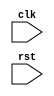
module RISC_SPM (clk, rst);
  parameter word_size = 8;
  parameter Sel1_size = 3;
  parameter Sel2_size = 2;
  wire [Sel1_size-1: 0] Sel_Bus_1_Mux;
  wire [Sel2_size-1: 0] Sel_Bus_2_Mux;

  input clk, rst;

  // Data Nets
  wire zero;
  wire [word_size-1: 0] instruction, address, Bus_1, mem_word;
   
  // Control Nets
  wire Load_R0, Load_R1, Load_R2, Load_R3, Load_PC, Inc_PC, Load_IR;   
  wire Load_Add_R, Load_Reg_Y, Load_Reg_Z;
  wire write;
 
  Processing_Unit M0_Processor (instruction, zero, address, Bus_1, mem_word, Load_R0, Load_R1,
    Load_R2, Load_R3, Load_PC, Inc_PC, Sel_Bus_1_Mux, Load_IR, Load_Add_R, Load_Reg_Y,
    Load_Reg_Z,  Sel_Bus_2_Mux, clk, rst);

  Control_Unit M1_Controller (Load_R0, Load_R1, Load_R2, Load_R3, Load_PC, Inc_PC, 
    Sel_Bus_1_Mux, Sel_Bus_2_Mux , Load_IR, Load_Add_R, Load_Reg_Y, Load_Reg_Z, 
    write, instruction, zero, clk, rst);

  Memory_Unit M2_SRAM (
    .data_out(mem_word), 
    .data_in(Bus_1), 
    .address(address), 
    .clk(clk),
    .write(write) );
endmodule


module Processing_Unit (instruction, Zflag, address, Bus_1, mem_word, Load_R0, Load_R1, Load_R2, 
  Load_R3, Load_PC, Inc_PC, Sel_Bus_1_Mux, Load_IR, Load_Add_R, Load_Reg_Y, Load_Reg_Z, 
  Sel_Bus_2_Mux, clk, rst);

  parameter word_size = 8;
  parameter op_size = 4;
  parameter Sel1_size = 3;
  parameter Sel2_size = 2;

  output [word_size-1: 0] 	instruction, address, Bus_1;
  output Zflag;

  input [word_size-1: 0]  	mem_word;
  input 			Load_R0, Load_R1, Load_R2, Load_R3, Load_PC, Inc_PC;
  input [Sel1_size-1: 0] 	Sel_Bus_1_Mux;
  input [Sel2_size-1: 0] 	Sel_Bus_2_Mux;
  input 			Load_IR, Load_Add_R, Load_Reg_Y, Load_Reg_Z;
  input 			clk, rst;

  wire			Load_R0, Load_R1, Load_R2, Load_R3;
  wire [word_size-1: 0] 	Bus_2;
  wire [word_size-1: 0] 	R0_out, R1_out, R2_out, R3_out;
  wire [word_size-1: 0] 	PC_count, Y_value, alu_out;
  wire 			alu_zero_flag;
  wire [op_size-1 : 0] 	opcode = instruction [word_size-1: word_size-op_size];

  Register_Unit 		R0 	(R0_out, Bus_2, Load_R0, clk, rst);
  Register_Unit 		R1 	(R1_out, Bus_2, Load_R1, clk, rst);
  Register_Unit 		R2 	(R2_out, Bus_2, Load_R2, clk, rst);
  Register_Unit 		R3 	(R3_out, Bus_2, Load_R3, clk, rst);
  Register_Unit 		Reg_Y 	(Y_value, Bus_2, Load_Reg_Y, clk, rst);
  D_flop 			Reg_Z 	(Zflag, alu_zero_flag, Load_Reg_Z, clk, rst);
  Address_Register 	Add_R	(address, Bus_2, Load_Add_R, clk, rst);
  Instruction_Register	IR	(instruction, Bus_2, Load_IR, clk, rst);
  Program_Counter 	PC	(PC_count, Bus_2, Load_PC, Inc_PC, clk, rst);
  Multiplexer_5ch 		Mux_1 	(Bus_1, R0_out, R1_out, R2_out, R3_out, PC_count, Sel_Bus_1_Mux);
  Multiplexer_3ch 		Mux_2	(Bus_2, alu_out, Bus_1, mem_word, Sel_Bus_2_Mux);
  Alu_RISC 		ALU	(alu_zero_flag, alu_out, Y_value, Bus_1, opcode);
endmodule 

module Register_Unit (data_out, data_in, load, clk, rst);
  parameter 		word_size = 8;
  output [word_size-1: 0] 	data_out;
  input 	[word_size-1: 0] 	data_in;
  input 			load;
  input 			clk, rst;
  reg 	[word_size-1: 0]	data_out;

  always @ (posedge clk or negedge rst)
    if (rst == 0) data_out <= 0; else if (load) data_out <= data_in;
endmodule

module D_flop (data_out, data_in, load, clk, rst);
  output 		data_out;
  input 		data_in;
  input 		load;
  input 		clk, rst;
  reg 		data_out;

  always @ (posedge clk or negedge rst)
    if (rst == 0) data_out <= 0; else if (load == 1)data_out <= data_in;
endmodule

 module Address_Register (data_out, data_in, load, clk, rst);
  parameter word_size = 8;
  output [word_size-1: 0] 	data_out;
  input 	[word_size-1: 0] 	data_in;
  input 			load, clk, rst;
  reg 	[word_size-1: 0]	data_out;
  always @ (posedge clk or negedge rst)
    if (rst == 0) data_out <= 0; else if (load) data_out <= data_in;
endmodule

module Instruction_Register (data_out, data_in, load, clk, rst);
  parameter word_size = 8;
  output [word_size-1: 0] 	data_out;
  input 	[word_size-1: 0] 	data_in;
  input 			load;
  input 			clk, rst;
  reg 	[word_size-1: 0]	data_out;
  always @ (posedge clk or negedge rst)
    if (rst == 0) data_out <= 0; else if (load) data_out <= data_in; 
endmodule

module Program_Counter (count, data_in, Load_PC, Inc_PC, clk, rst);
  parameter word_size = 8;
  output [word_size-1: 0] 	count;
  input 	[word_size-1: 0] 	data_in;
  input 			Load_PC, Inc_PC;
  input 			clk, rst;
  reg 	[word_size-1: 0]	count;
  always @ (posedge clk or negedge rst)
    if (rst == 0) count <= 0; else if (Load_PC) count <= data_in; else if  (Inc_PC) count <= count +1;
endmodule

module Multiplexer_5ch (mux_out, data_a, data_b, data_c, data_d, data_e, sel);
  parameter word_size = 8;
  output [word_size-1: 0] 	mux_out;
  input 	[word_size-1: 0] 	data_a, data_b, data_c, data_d, data_e;
  input 	[2: 0] sel;
 
  assign  mux_out = (sel == 0) 	? data_a: (sel == 1) 
? data_b : (sel == 2) 
? data_c: (sel == 3) 
? data_d : (sel == 4) 
? data_e : 'bx;
endmodule

module Multiplexer_3ch (mux_out, data_a, data_b, data_c, sel);
  parameter 	word_size = 8;
  output 		[word_size-1: 0]	 mux_out;
  input 		[word_size-1: 0] 	data_a, data_b, data_c;
  input 		[1: 0] sel;

  assign  mux_out = (sel == 0) ? data_a: (sel == 1) ? data_b : (sel == 2) ? data_c: 'bx;
endmodule
 


/*ALU Instruction		Action
ADD			Adds the datapaths to form data_1 + data_2.
SUB			Subtracts the datapaths to form data_1 - data_2.
AND			Takes the bitwise-and of the datapaths, data_1 & data_2.
NOT			Takes the bitwise Boolean complement of data_1.
*/
// Note: the carries are ignored in this model.
 
module Alu_RISC (alu_zero_flag, alu_out, data_1, data_2, sel);
  parameter word_size = 8;
  parameter op_size = 4;
  // Opcodes
  parameter NOP 	= 4'b0000;
  parameter ADD 	= 4'b0001;
  parameter SUB 	= 4'b0010;
  parameter AND 	= 4'b0011;
  parameter NOT 	= 4'b0100;
  parameter RD  		= 4'b0101;
  parameter WR		= 4'b0110;
  parameter BR		= 4'b0111;
  parameter BRZ 		= 4'b1000;

  output 			alu_zero_flag;
  output [word_size-1: 0] 	alu_out;
  input 	[word_size-1: 0] 	data_1, data_2;
  input 	[op_size-1: 0] 	sel;
  reg 	[word_size-1: 0]	alu_out;

  assign  alu_zero_flag = ~|alu_out;
  always @ (sel or data_1 or data_2)  
     case  (sel)
      NOP:	alu_out = 0;
      ADD:	alu_out = data_1 + data_2;  // Reg_Y + Bus_1
      SUB:	alu_out = data_2 - data_1;
      AND:	alu_out = data_1 & data_2;
      NOT:	alu_out = ~ data_2;	 // Gets data from Bus_1
      default: 	alu_out = 0;
    endcase 
endmodule


module Control_Unit (
  Load_R0, Load_R1, 
  Load_R2, Load_R3, 
  Load_PC, Inc_PC, 
  Sel_Bus_1_Mux, Sel_Bus_2_Mux,
  Load_IR, Load_Add_R, Load_Reg_Y, Load_Reg_Z, 
  write, instruction, zero, clk, rst);
 
  parameter word_size = 8, op_size = 4, state_size = 4;
  parameter src_size = 2, dest_size = 2, Sel1_size = 3, Sel2_size = 2;
  // State Codes
  parameter S_idle = 0, S_fet1 = 1, S_fet2 = 2, S_dec = 3;
  parameter  S_ex1 = 4, S_rd1 = 5, S_rd2 = 6;  
  parameter S_wr1 = 7, S_wr2 = 8, S_br1 = 9, S_br2 = 10, S_halt = 11;  
  // Opcodes
  parameter NOP = 0, ADD = 1, SUB = 2, AND = 3, NOT = 4;
  parameter RD  = 5, WR =  6,  BR =  7, BRZ = 8;  
  // Source and Destination Codes  
  parameter R0 = 0, R1 = 1, R2 = 2, R3 = 3;  

  output Load_R0, Load_R1, Load_R2, Load_R3;
  output Load_PC, Inc_PC;
  output [Sel1_size-1:0] Sel_Bus_1_Mux;
  output Load_IR, Load_Add_R;
  output Load_Reg_Y, Load_Reg_Z;
  output [Sel2_size-1: 0] Sel_Bus_2_Mux;
  output write;
  input [word_size-1: 0] instruction;
  input zero;
  input clk, rst;
 
  reg [state_size-1: 0] state, next_state;
  reg Load_R0, Load_R1, Load_R2, Load_R3, Load_PC, Inc_PC;
  reg Load_IR, Load_Add_R, Load_Reg_Y;
  reg Sel_ALU, Sel_Bus_1, Sel_Mem;
  reg Sel_R0, Sel_R1, Sel_R2, Sel_R3, Sel_PC;
  reg Load_Reg_Z, write;
  reg err_flag;

  wire [op_size-1:0] opcode = instruction [word_size-1: word_size - op_size];
  wire [src_size-1: 0] src = instruction [src_size + dest_size -1: dest_size];
  wire [dest_size-1:0] dest = instruction [dest_size -1:0];
 
  // Mux selectors
  assign  Sel_Bus_1_Mux[Sel1_size-1:0] = Sel_R0 ? 0:
				 Sel_R1 ? 1:
				 Sel_R2 ? 2:
				 Sel_R3 ? 3:
				 Sel_PC ? 4: 3'bx;  // 3-bits, sized number

  assign  Sel_Bus_2_Mux[Sel2_size-1:0] = Sel_ALU ? 0:
				 Sel_Bus_1 ? 1:
				 Sel_Mem ? 2: 2'bx;

  always @ (posedge clk or negedge rst) begin: State_transitions
    if (rst == 0) state <= S_idle; else state <= next_state; end

/*  always @ (state or instruction or zero) begin:  Output_and_next_state	

Note: The above event control expression leads to incorrect operation.  The state transition causes the activity to be evaluated once, then the resulting instruction change causes it to be evaluated again, but with the residual value of opcode.  On the second pass the value seen is the value opcode had before the state change, which results in Sel_PC = 0 in state 3, which will cause a return to state 1 at the next clock.  Finally, opcode is changed, but this does not trigger a re-evaluation because it is not in the event control expression.  So, the caution is to be sure to use opcode in the event control expression. That way, the final execution of the behavior uses the value of opcode that results from the state change, and leads to the correct value of Sel_PC.
*/ 

  always @ (state or opcode or zero) begin: Output_and_next_state 
    Sel_R0 = 0; 	Sel_R1 = 0;     	Sel_R2 = 0;    	Sel_R3 = 0;     	Sel_PC = 0;
    Load_R0 = 0; 	Load_R1 = 0; 	Load_R2 = 0; 	Load_R3 = 0;	Load_PC = 0;

    Load_IR = 0;	Load_Add_R = 0;	Load_Reg_Y = 0;	Load_Reg_Z = 0;
    Inc_PC = 0; 
    Sel_Bus_1 = 0; 
    Sel_ALU = 0; 
    Sel_Mem = 0; 
    write = 0; 
    err_flag = 0;	// Used for de-bug in simulation		
    next_state = state;

     case  (state)	S_idle:		next_state = S_fet1;      
S_fet1:		begin       	  	  	
  next_state = S_fet2; 
      	  	  		  Sel_PC = 1;
      	  	  		  Sel_Bus_1 = 1;
      	  	   		  Load_Add_R = 1; 
    				end
      		S_fet2:		begin 		
  next_state = S_dec; 
  Sel_Mem = 1;
      	  	  		  Load_IR = 1; 
      	  	  		  Inc_PC = 1;
    				end

      		S_dec:  	 	case  (opcode) 
      		 		  NOP: next_state = S_fet1;
		  		  ADD, SUB, AND: begin
 		    		    next_state = S_ex1;
		    		    Sel_Bus_1 = 1;
		    		    Load_Reg_Y = 1;
		     		    case  (src)
		      		      R0: 		Sel_R0 = 1; 
		      		      R1: 		Sel_R1 = 1; 
		      		      R2: 		Sel_R2 = 1;
		      		      R3: 		Sel_R3 = 1; 
		      		      default : 	err_flag = 1;
		    		    endcase   
  end // ADD, SUB, AND

			 	  NOT: begin
			    	    next_state = S_fet1;
			    	    Load_Reg_Z = 1;
			    	    Sel_Bus_1 = 1; 
			    	    Sel_ALU = 1; 
		 	     	    case  (src)
			      	      R0: 		Sel_R0 = 1;			      
      				      R1: 		Sel_R1 = 1;
			      	      R2: 		Sel_R2 = 1;			      
 			      	      R3: 		Sel_R3 = 1; 
			      	      default : 	err_flag = 1;
			    	    endcase   
  			     	    case  (dest)
			      	      R0: 		Load_R0 = 1; 
			      	      R1: 		Load_R1 = 1;			      
      				      R2: 		Load_R2 = 1;
			      	      R3: 		Load_R3 = 1;			      
      				      default: 	err_flag = 1;
			    	    endcase   
  end // NOT
  				  
  RD: begin
			    	    next_state = S_rd1;
			    	    Sel_PC = 1; Sel_Bus_1 = 1; Load_Add_R = 1; 
  end // RD

			  	  WR: begin
			    	    next_state = S_wr1;
			    	    Sel_PC = 1; Sel_Bus_1 = 1; Load_Add_R = 1; 
  end  // WR

			  	  BR: begin 
			    	    next_state = S_br1;  
    Sel_PC = 1; Sel_Bus_1 = 1; Load_Add_R = 1; 
			    	  end  // BR
	
  				  BRZ: if (zero == 1) begin
			    	    next_state = S_br1; 
    Sel_PC = 1; Sel_Bus_1 = 1; Load_Add_R = 1; 
			    	  end // BRZ
			  	  else begin 
    next_state = S_fet1; 
    Inc_PC = 1; 
  end
        		  		  default : next_state = S_halt;
				endcase  // (opcode)

    	      	S_ex1:		begin 
  			  	  next_state = S_fet1;
			  	  Load_Reg_Z = 1;
			  	  Sel_ALU = 1; 
		 	   	  case  (dest)
  	    		    	    R0: begin Sel_R0 = 1; Load_R0 = 1; end
			    	    R1: begin Sel_R1 = 1; Load_R1 = 1; end
			    	    R2: begin Sel_R2 = 1; Load_R2 = 1; end
			    	    R3: begin Sel_R3 = 1; Load_R3 = 1; end
			    	    default : err_flag = 1; 
			   	  endcase  
				end 

    	      	S_rd1:		begin 
  next_state = S_rd2;
			  	  Sel_Mem = 1;
			  	  Load_Add_R = 1; 
			  	  Inc_PC = 1;
				end

    	      	S_wr1: 		begin
			  	  next_state = S_wr2;
			  	  Sel_Mem = 1;
			  	  Load_Add_R = 1; 
			  	  Inc_PC = 1;
				end 

      		S_rd2:		begin 
  			  	  next_state = S_fet1;
			  	  Sel_Mem = 1;
		 	   	  case  (dest) 
    			    	    R0: 		Load_R0 = 1; 
		 	    	    R1: 		Load_R1 = 1; 
		 	    	    R2: 		Load_R2 = 1; 
		 	    	    R3: 		Load_R3 = 1; 
			    	    default : 	err_flag = 1;
			  	  endcase  
				end

    	      	S_wr2:		begin 
     			  	  next_state = S_fet1;
			  	  write = 1;
		 	  	  case  (src)
    			    	    R0: 		Sel_R0 = 1;		 	    
    				    R1: 		Sel_R1 = 1;		 	    
   				    R2: 		Sel_R2 = 1; 		 	    
   				    R3: 		Sel_R3 = 1;			    
    				    default : 	err_flag = 1;
			  	  endcase  
				end

    	      	S_br1:		begin next_state = S_br2; Sel_Mem = 1; Load_Add_R = 1; end
    	      	S_br2:		begin next_state = S_fet1; Sel_Mem = 1; Load_PC = 1; end
    	      	S_halt:  		next_state = S_halt;
		default:		next_state = S_idle;
     endcase    
  end
endmodule


module Memory_Unit (data_out, data_in, address, clk, write);
  parameter word_size = 8;
  parameter memory_size = 256;

  output [word_size-1: 0] data_out;
  input [word_size-1: 0] data_in;
  input [word_size-1: 0] address;
  input clk, write;
  reg [word_size-1: 0] memory [memory_size-1: 0];

  assign data_out = memory[address];

  always @ (posedge clk)
    if (write) memory[address] = data_in;
endmodule